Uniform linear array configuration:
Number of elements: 32
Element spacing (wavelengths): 0.25
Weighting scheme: uniform
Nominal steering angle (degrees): -15
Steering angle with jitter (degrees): -15.557
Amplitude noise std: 0.05
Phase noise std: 0.05

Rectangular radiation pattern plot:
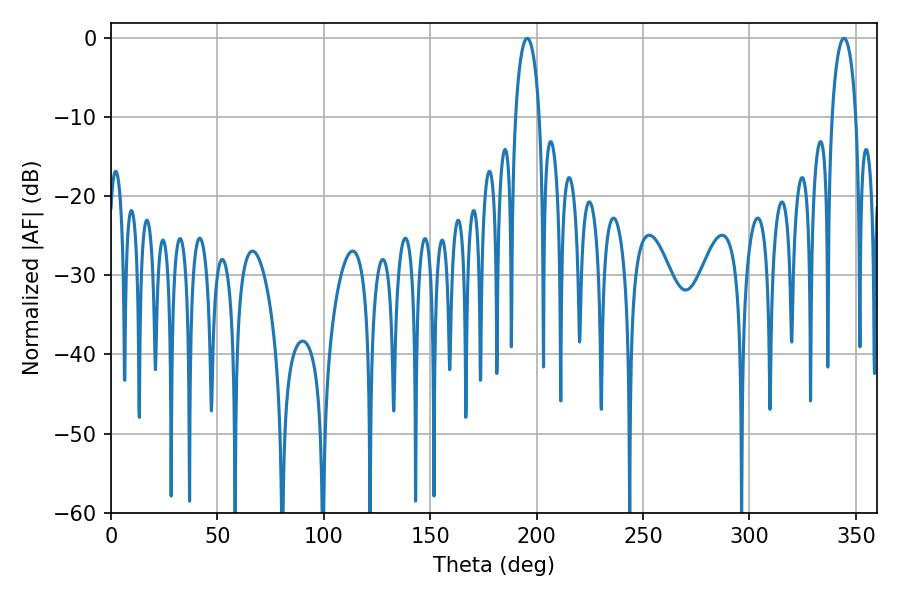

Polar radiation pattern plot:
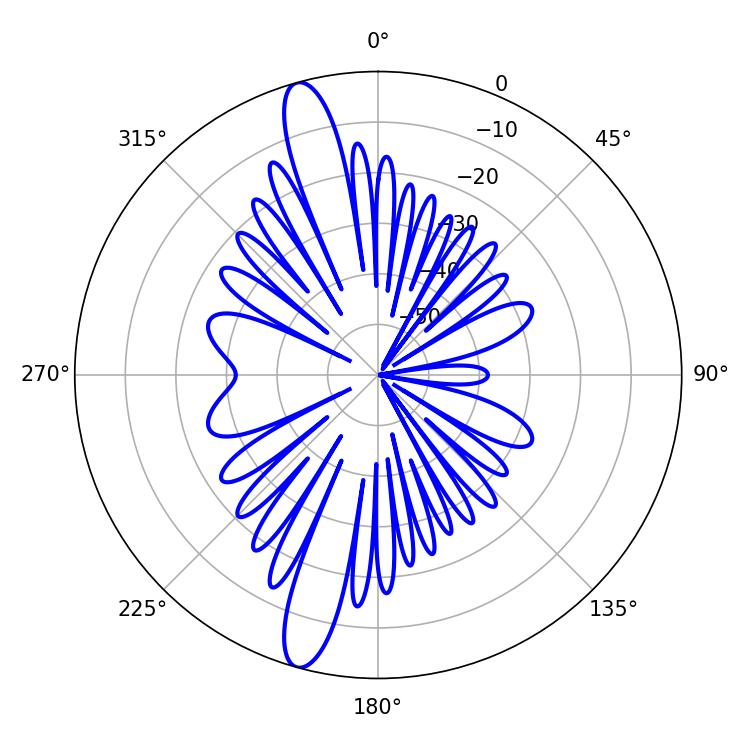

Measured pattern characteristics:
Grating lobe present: FALSE
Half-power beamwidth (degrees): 6.48
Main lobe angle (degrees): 195.66